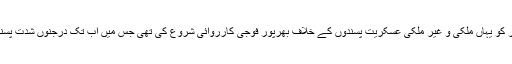
پاکستانی فوج نے گزشتہ اتوار کو یہاں ملکی و غیر ملکی عسکریت پسندوں کے خلاف بھرپور فوجی کارروائی شروع کی تھی جس میں اب تک درجنوں شدت پسندوں کو ہلاک کیا جا چکا ہے۔